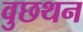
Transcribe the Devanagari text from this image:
वुछथन